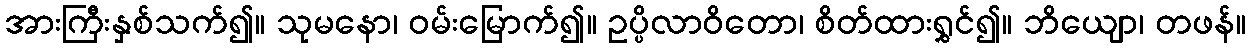
အားကြီးနှစ်သက်၍။ သုမနော၊ ဝမ်းမြောက်၍။ ဥပ္ပိလာဝိတော၊ စိတ်ထားရွှင်၍။ ဘိယျော၊ တဖန်။